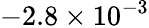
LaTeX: -2.8\times 10^{-3}